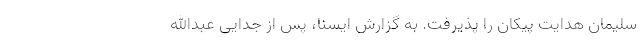
سلیمان هدایت پیکان را پذیرفت. به گزارش ایسنا، پس از جدایی عبدالله